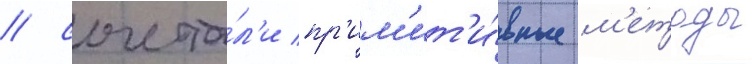
/ сочета́л'и пр'им'ит'и́вные м'етоды